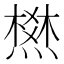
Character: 𰟛